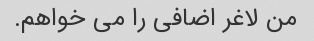
من لاغر اضافی را می خواهم.